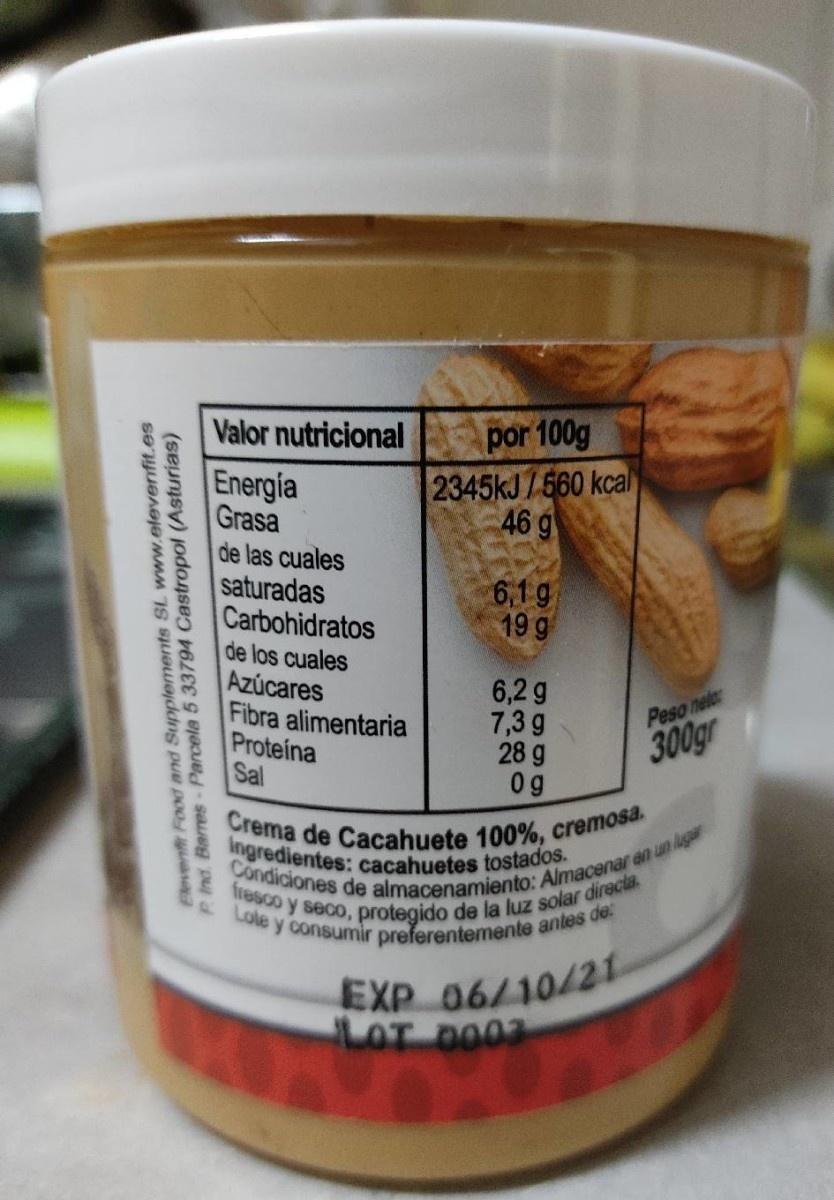
por 100g 2345kJ/560 kcal 46 g
Valor nutricional
Energia Grasa de las cuales saturadas Carbohidratos
6,1g 19 g
de los cuales Azúcares Fibra alimentaria Proteina Sal
6,2 g 7,3 g 28 g 0 g
Peso net 300gr
Crema de Cacahuete 100%, cremosa. Ingredientes: cacahuetes tostados.
Condiciones de almacenamiento: Almacenar en un luga fresco y seco, protegido de la luz solar directa. Lote y consumir preferentemente antes de:
EXP 06/10/21 LOT DO03
Blevenft Food and Supplements SL www.elevenfit.es P Ind. Barres-Parcela 5 33794 Castropol (Asturias)